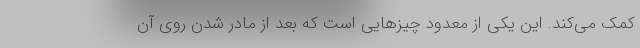
کمک می‌کند. این یکی از معدود چیز‌هایی است که بعد از مادر شدن روی آن